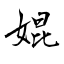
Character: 婫